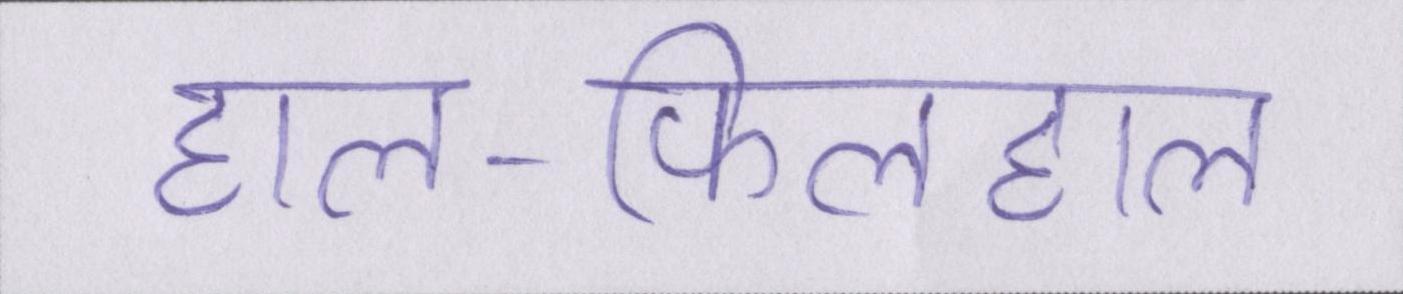
हाल-फिलहाल